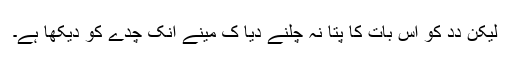
لیکِن دِدِ کو اِس بات کا پتا نہِ چلنے دِیا کِ مینے اُنکِ چُدے کو دیکھا ہے۔